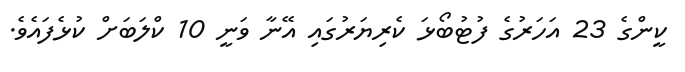
ކީންގެ 23 އަހަރުގެ ފުޓުބޯޅަ ކެރިޔަރުގައި އޭނާ ވަނީ 10 ކްލަބަށް ކުޅެފައެވެ.